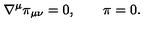
\nabla ^ { \mu } \pi _ { \mu \nu } = 0 , \qquad \pi = 0 .